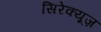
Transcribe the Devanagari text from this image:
सिरेक्यूज़